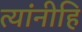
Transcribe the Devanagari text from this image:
त्यांनीहि